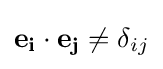
\mathbf {e_{i}} \cdot \mathbf {e_{j}} \neq \delta _{ij}